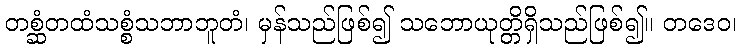
တစ္ဆံတထံသစ္စံသဘာဘူတံ၊ မှန်သည်ဖြစ်၍ သဘောယုတ္တိရှိသည်ဖြစ်၍။ တဒေဝ၊